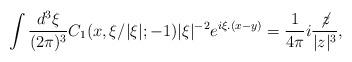
LaTeX: \begin{align*}\int \frac{d^3\xi}{(2\pi)^3}C_1(x,\xi / |\xi|;-1)|\xi|^{-2}e^{i\xi.(x-y)}=\frac{1}{4\pi}i\frac{\not\! z}{|z|^3},\end{align*}